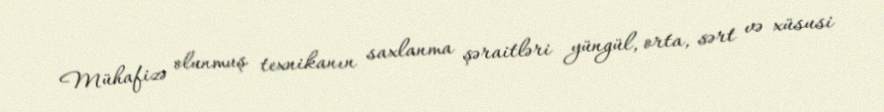
Mühafizə olunmuş texnikanın saxlanma şəraitləri yüngül, orta, sərt və xüsusi